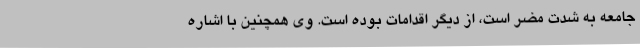
جامعه به شدت مضر است، از دیگر اقدامات بوده است. وی همچنین با اشاره